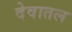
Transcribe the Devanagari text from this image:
देवातल